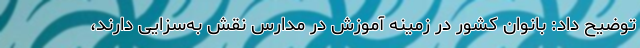
توضیح داد: بانوان کشور در زمینه آموزش در مدارس نقش به‌سزایی دارند،